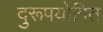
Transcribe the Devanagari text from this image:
दुरूपयोगित